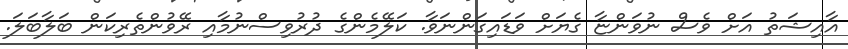
އާއިޝަތު އަށް ވެސް ނުވަންޏާ ގެޔަށް ވަޑައިގަންނަވާ. ކަލޭމެންގެ ދުރުވިސްނުމާއި ރޭވުންތެރިކަން ބަލާބަލަ.